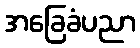
အခြေခံပညာ